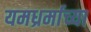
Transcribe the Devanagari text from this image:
यमध्रर्माच्या